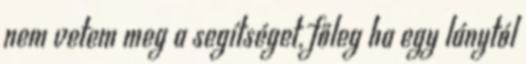
nem vetem meg a segítséget, főleg ha egy lánytól